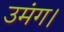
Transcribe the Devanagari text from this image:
उमंग।